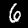
Label: 6